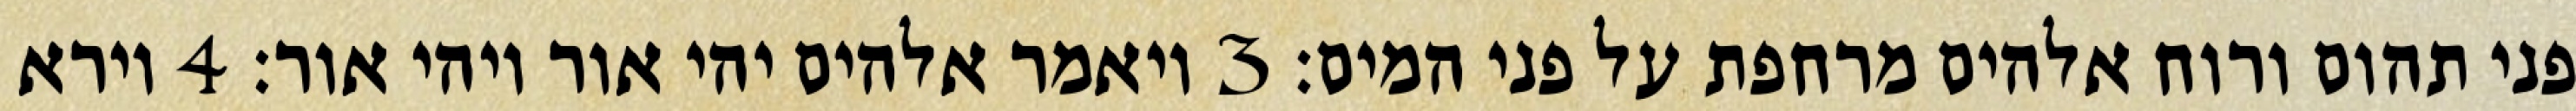
פני תהום ורוח אלהים מרחפת על פני המים׃ ‎3‏ ויאמר אלהים יהי אור ויהי אור׃ ‎4‏ וירא